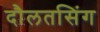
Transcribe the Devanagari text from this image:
दौलतसिंग